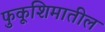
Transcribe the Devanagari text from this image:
फुकूशिमातील